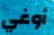
أوغي